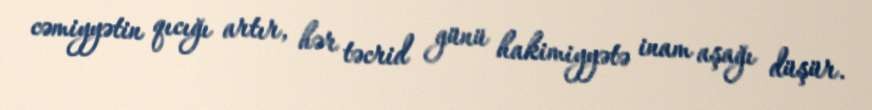
cəmiyyətin qıcığı artır, hər təcrid günü hakimiyyətə inam aşağı düşür.